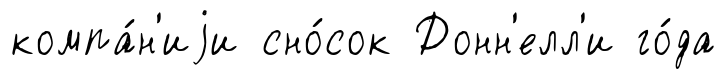
компа́н'иjи сно́сок Донн'елл'и го́да